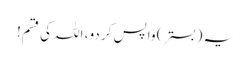
یہ (بستر) واپس کر دو، اللہ کی قسم!